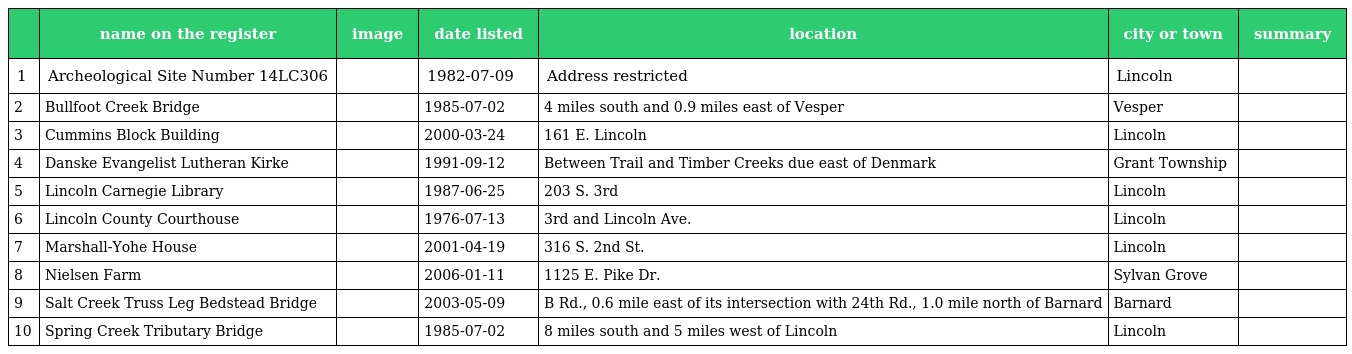
|  | name on the register | image | date listed | location | city or town | summary |
 | --- | --- | --- | --- | --- | --- | --- |
 | 1 | Archeological Site Number 14LC306 |  | 1982-07-09 | Address restricted | Lincoln |  |
 | 2 | Bullfoot Creek Bridge |  | 1985-07-02 | 4 miles south and 0.9 miles east of Vesper | Vesper |  |
 | 3 | Cummins Block Building |  | 2000-03-24 | 161 E. Lincoln | Lincoln |  |
 | 4 | Danske Evangelist Lutheran Kirke |  | 1991-09-12 | Between Trail and Timber Creeks due east of Denmark | Grant Township |  |
 | 5 | Lincoln Carnegie Library |  | 1987-06-25 | 203 S. 3rd | Lincoln |  |
 | 6 | Lincoln County Courthouse |  | 1976-07-13 | 3rd and Lincoln Ave. | Lincoln |  |
 | 7 | Marshall-Yohe House |  | 2001-04-19 | 316 S. 2nd St. | Lincoln |  |
 | 8 | Nielsen Farm |  | 2006-01-11 | 1125 E. Pike Dr. | Sylvan Grove |  |
 | 9 | Salt Creek Truss Leg Bedstead Bridge |  | 2003-05-09 | B Rd., 0.6 mile east of its intersection with 24th Rd., 1.0 mile north of Barnard | Barnard |  |
 | 10 | Spring Creek Tributary Bridge |  | 1985-07-02 | 8 miles south and 5 miles west of Lincoln | Lincoln |  |